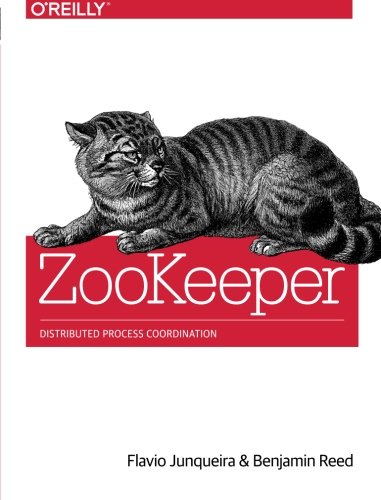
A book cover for ZooKeeper: Distributed Process Coordination; Flavio Junqueira; Computers & Technology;